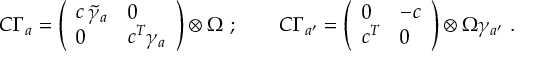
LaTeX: { \cal C } \Gamma _ { a } = \left( \begin{array} { l l } { { c \, \tilde { \gamma } _ { a } } } & { { 0 } } \\ { { 0 } } & { { c ^ { T } \gamma _ { a } } } \end{array} \right) \otimes \Omega \ ; \qquad { \cal C } \Gamma _ { a ^ { \prime } } = \left( \begin{array} { l l } { { 0 } } & { { - c } } \\ { { c ^ { T } } } & { { 0 } } \end{array} \right) \otimes \Omega \gamma _ { a ^ { \prime } } \ .